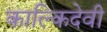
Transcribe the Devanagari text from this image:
काल्किदेवी